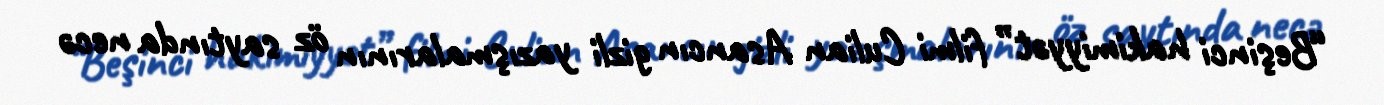
“Beşinci hakimiyyət” filmi Culian Asancın gizli yazışmalarının öz saytında necə